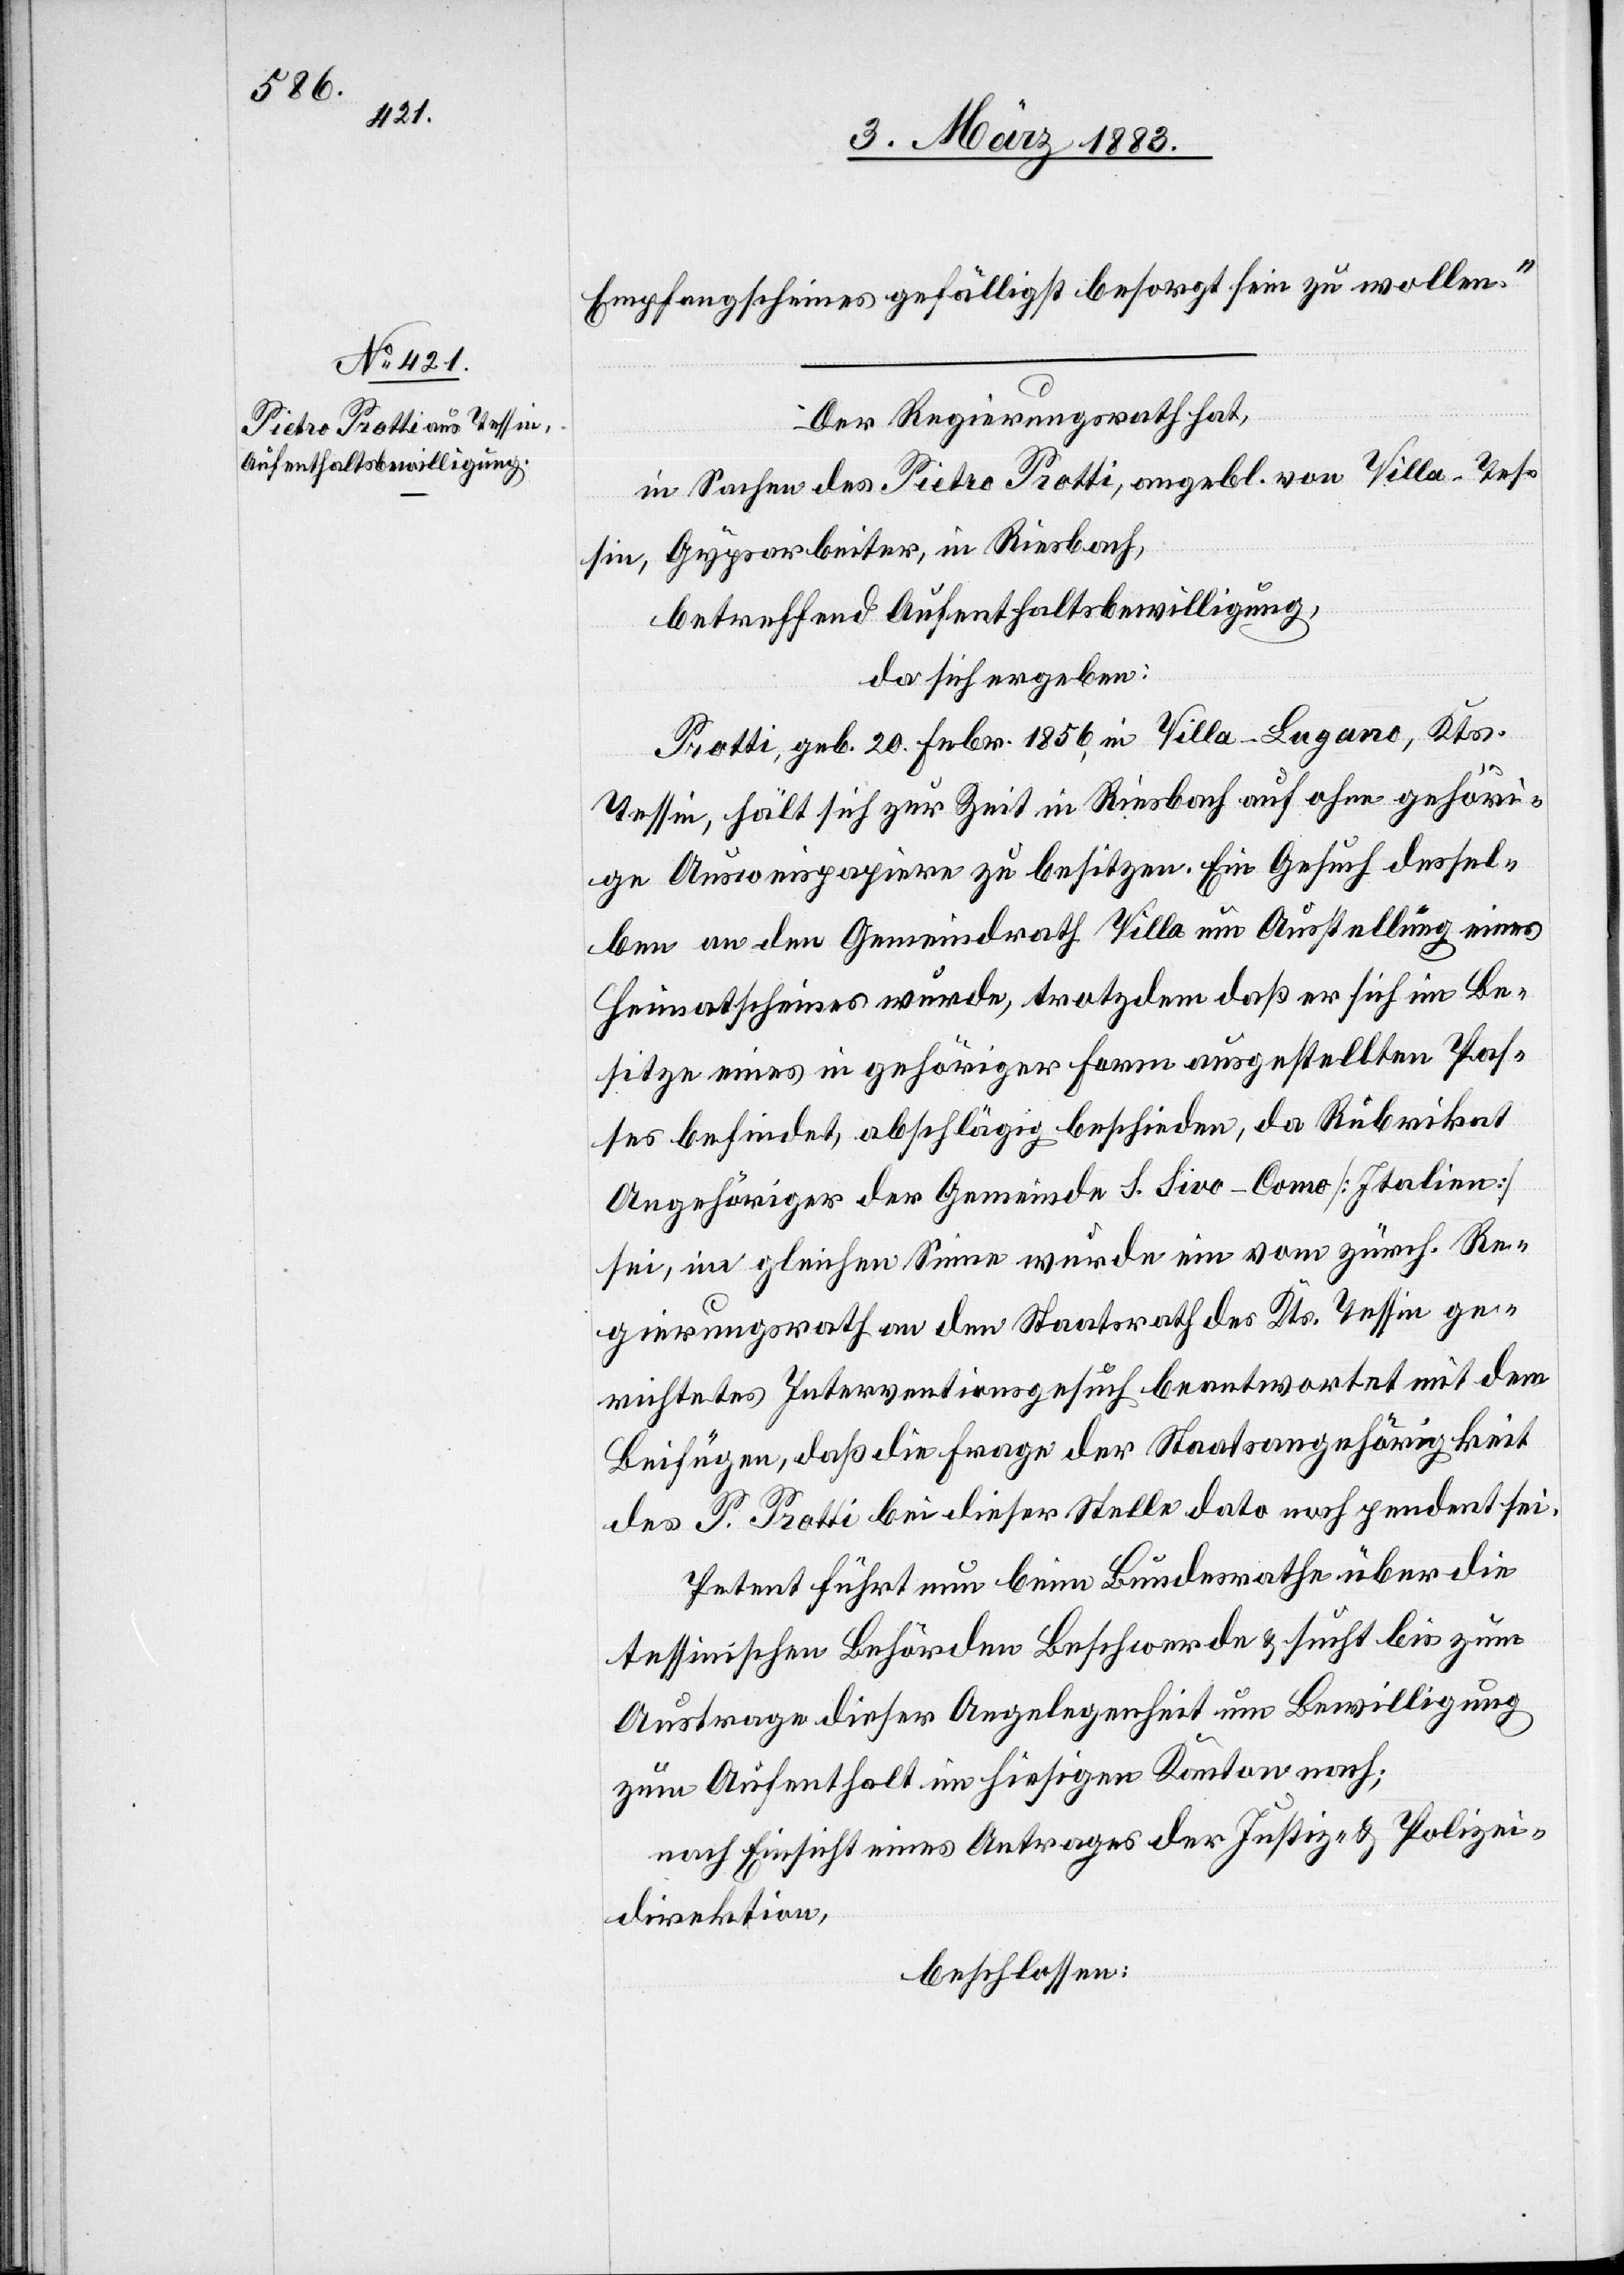
Empfangscheines gefälligst besorgt sein zu wollen.“
Der Regierungsrath hat,
in Sachen des Pietro Protti, angebl. von Villa - Tes¬
sin, Gypserarbeiter, in Riesbach,
betreffend Aufenthaltsbewilligung,
da sich ergeben:
Protti, geb. 20. Febr. 1856, in Villa - Lugano, Kts.
Tessin, hält sich zur Zeit in Riesbach auf ohne gehöri¬
ge Ausweispapiere zu besitzen. Ein Gesuch dessel¬
ben an den Gemeindrath Villa um Ausstellung eines
Heimatscheines wurde, trotzdem daß er sich im Be¬
sitze eines in gehöriger Form ausgestellten Pas¬
ses befindet, abschlägig beschieden, da Rubrikat
Angehöriger der Gemeinde S. Sivo-Como [Italien]
sei, im gleichen Sinne wurde ein vom zürch. Re¬
gierungsrath an den Staatsrath des Kts. Tessin ge¬
richtetes Interventionsgesuch beantwortet mit dem
Beifügen, daß die Frage der Staatsangehörigkeit
des P. Protti bei dieser Stelle dato noch pendent sei.
Petent führt nun beim Bundesrathe über die
tessinischen Behörden Beschwerde & sucht bis zum
Austrage dieser Angelegenheit um Bewilligung
zum Aufenthalt im hiesigen Kanton nach;
nach Einsicht eines Antrages der Justiz- & Polizei¬
direktion,
beschlossen: